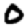
Digit: 0